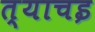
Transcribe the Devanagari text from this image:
त्याचइ